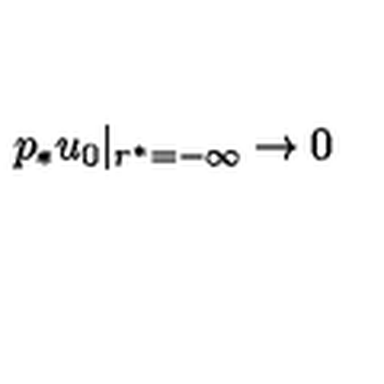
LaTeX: p _ { * } u _ { 0 } | _ { r ^ { * } = - \infty } \rightarrow 0